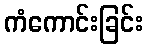
ကံကောင်းခြင်း